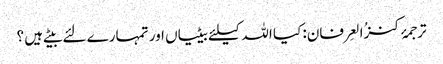
ترجمۂ کنزُالعِرفان: کیا اللہ کیلئے بیٹیاں اور تمہارے لئے بیٹے ہیں ؟